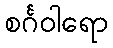
စင်္ဂဝါရော